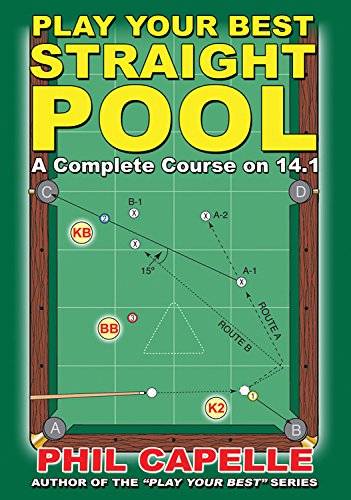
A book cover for Play Your Best Straight Pool; Philip B. Capelle; Sports & Outdoors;